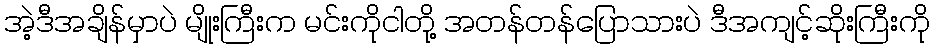
အဲ့ဒီအချိန်မှာပဲ မျိုးကြီးက မင်းကိုငါတို့ အတန်တန်ပြောသားပဲ ဒီအကျင့်ဆိုးကြီးကို